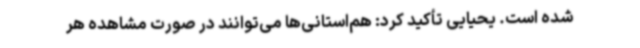
شده است. یحیایی تأکید کرد: هم‌استانی‌ها می‌توانند در صورت مشاهده هر